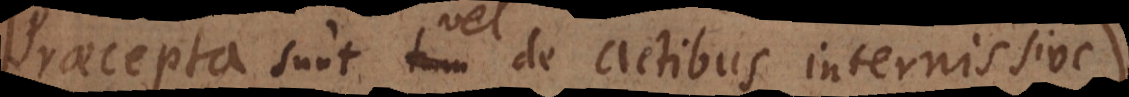
Praecepta sunt vel de actibus internis sive